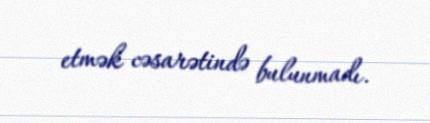
etmək cəsarətində bulunmadı.